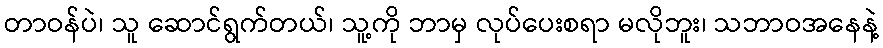
တာဝန်ပဲ၊ သူ ဆောင်ရွက်တယ်၊ သူ့ကို ဘာမှ လုပ်ပေးစရာ မလိုဘူး၊ သဘာဝအနေနဲ့